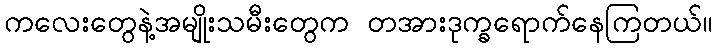
ကလေးတွေနဲ့အမျိုးသမီးတွေက တအားဒုက္ခရောက်နေကြတယ်။